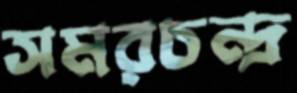
সমরচন্দ্র